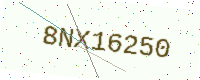
Text: 8NX16250